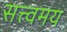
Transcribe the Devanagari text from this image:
सत्त्वमय